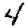
Digit: 4